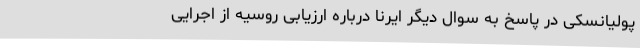
پولیانسکی در پاسخ به سوال دیگر ایرنا درباره ارزیابی روسیه از اجرایی